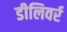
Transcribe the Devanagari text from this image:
डीलिवर्र